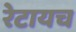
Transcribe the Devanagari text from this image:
रेटायच